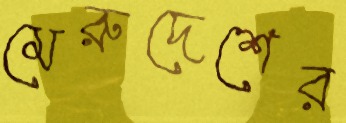
মেরুদেশের